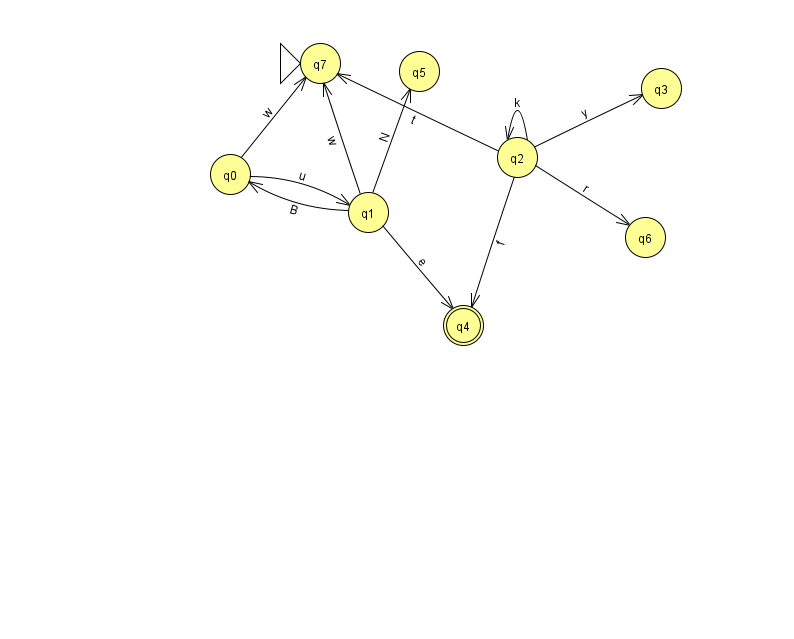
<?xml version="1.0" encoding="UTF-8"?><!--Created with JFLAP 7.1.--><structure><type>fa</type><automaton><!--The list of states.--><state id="0" name="q0"><x>230.0</x><y>161.0</y></state><state id="1" name="q1"><x>368.0</x><y>199.0</y></state><state id="2" name="q2"><x>517.0</x><y>144.0</y></state><state id="3" name="q3"><x>661.0</x><y>75.0</y></state><state id="4" name="q4"><x>463.0</x><y>312.0</y><final/></state><state id="5" name="q5"><x>419.0</x><y>58.0</y></state><state id="6" name="q6"><x>645.0</x><y>224.0</y></state><state id="7" name="q7"><x>320.0</x><y>50.0</y><initial/></state><!--The list of transitions.--><transition><from>2</from><to>6</to><read>r</read></transition><transition><from>2</from><to>3</to><read>y</read></transition><transition><from>1</from><to>4</to><read>e</read></transition><transition><from>1</from><to>5</to><read>N</read></transition><transition><from>1</from><to>7</to><read>w</read></transition><transition><from>0</from><to>7</to><read>w</read></transition><transition><from>2</from><to>4</to><read>f</read></transition><transition><from>0</from><to>1</to><read>u</read></transition><transition><from>2</from><to>2</to><read>k</read></transition><transition><from>2</from><to>7</to><read>t</read></transition><transition><from>1</from><to>0</to><read>B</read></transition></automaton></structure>